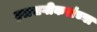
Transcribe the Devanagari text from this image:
हलसगीकरांच्या